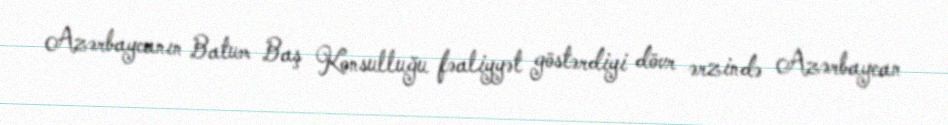
Azərbaycanın Batum Baş Konsulluğu fəaliyyət göstərdiyi dövr ərzində Azərbaycan